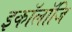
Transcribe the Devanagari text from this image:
इकॉलॉजि